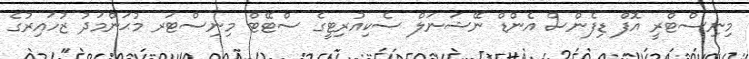
މިނިސްޓްރީ އޮފް ޑިފެންސް އެންޑް ނޭޝަނަލް ސެކިއުރިޓީގެ ސްޓޭޓް މިނިސްޓަރ މުޙަންމަދު ޒުހައިރުގެ